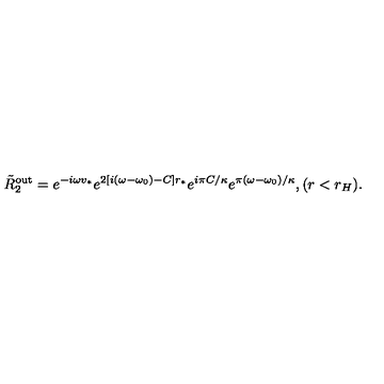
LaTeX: \tilde { R } _ { 2 } ^ { \mathrm { o u t } } = e ^ { - i \omega v _ { * } } e ^ { 2 [ i ( \omega - \omega _ { 0 } ) - C ] r _ { * } } e ^ { i \pi C / \kappa } e ^ { \pi ( \omega - \omega _ { 0 } ) / \kappa } , ( r < r _ { H } ) .